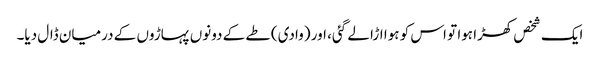
ایک شخص کھڑا ہوا تو اس کو ہوا اڑا لے گئی، اور (وادی) طے کے دونوں پہاڑوں کے درمیان ڈال دیا۔